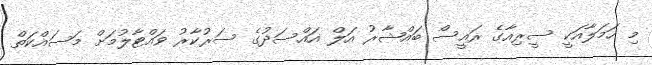
މި ހަމަލާއަކީ ސީރިއާގެ ރައީސް ބައްޝާރު އަލް އައްސަދުގެ ސަރުކާރު ވައްޓާލުމަށް މަސައްކަތް